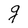
Character: g